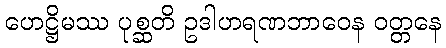
ဟေဋ္ဌိမဿ ပုစ္ဆတိ ဥဒါဟရဏဘာဝေန ဝတ္တနေ